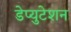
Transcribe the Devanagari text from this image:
डेप्युटेशन